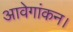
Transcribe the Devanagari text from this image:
आवेगांकन।